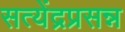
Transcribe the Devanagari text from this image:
सत्येंद्रप्रसन्न